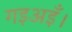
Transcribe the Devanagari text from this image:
गइअइँ।